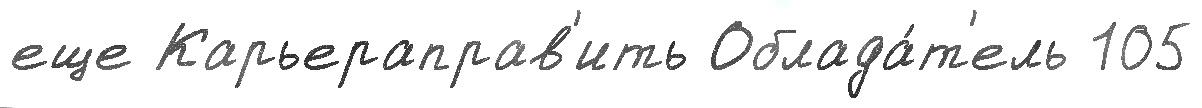
еще Карьераправ'ить Облада́т'ель 105